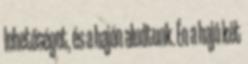
lehetőséget, és a hajón aludtunk. Én a hajó két